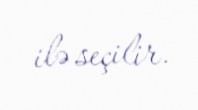
ilə seçilir.